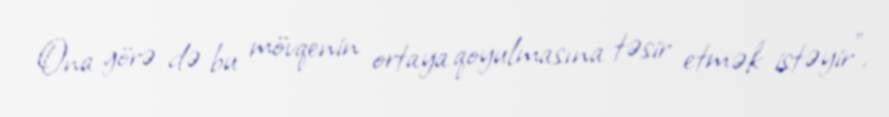
Ona görə də bu mövqenin ortaya qoyulmasına təsir etmək istəyir”.